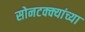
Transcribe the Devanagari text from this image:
सोनटक्क्यांच्या